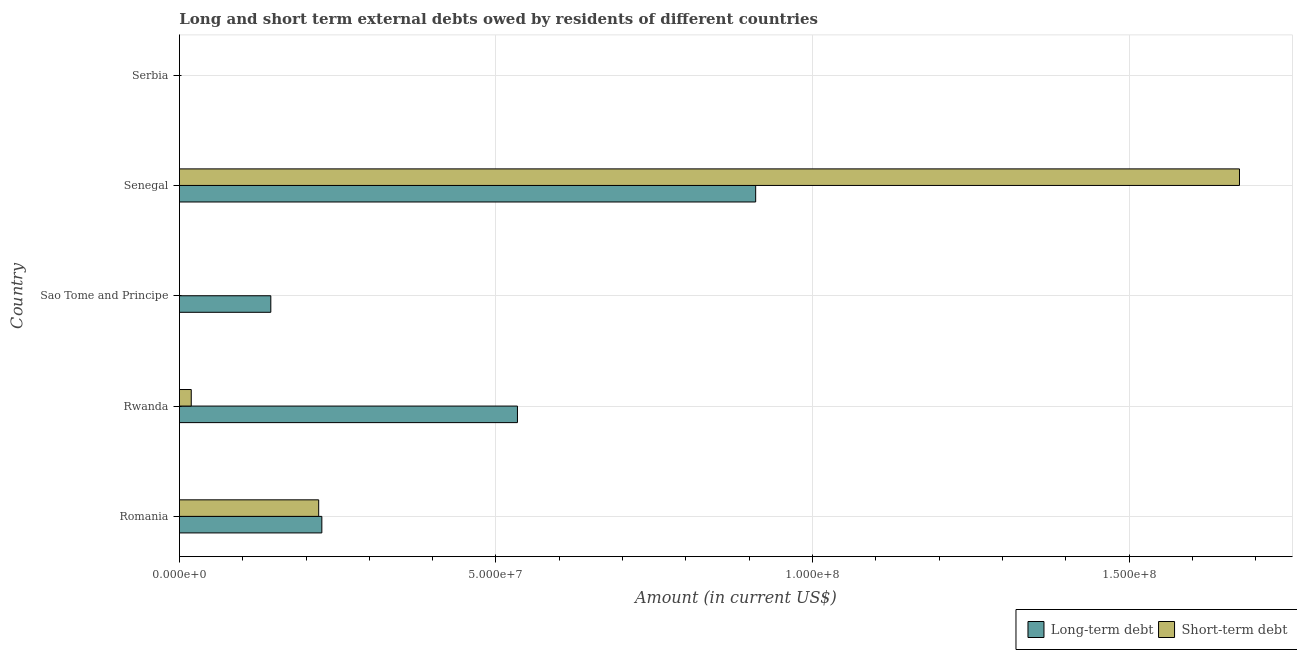
| Country | Long-term debt | Short-term debt |
 | --- | --- | --- |
 | Romania | 2.25e+07 | 2.2e+07 |
 | Rwanda | 5.34e+07 | 1.87e+06 |
 | Sao Tome and Principe | 1.44e+07 | -5.28e+06 |
 | Senegal | 9.1e+07 | 1.67e+08 |
 | Serbia | -1.23e+09 | -2.71e+08 |